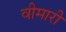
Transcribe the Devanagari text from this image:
वीमारी